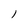
Character: l